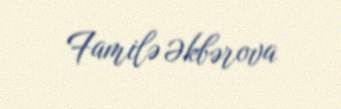
Familə Əkbərova